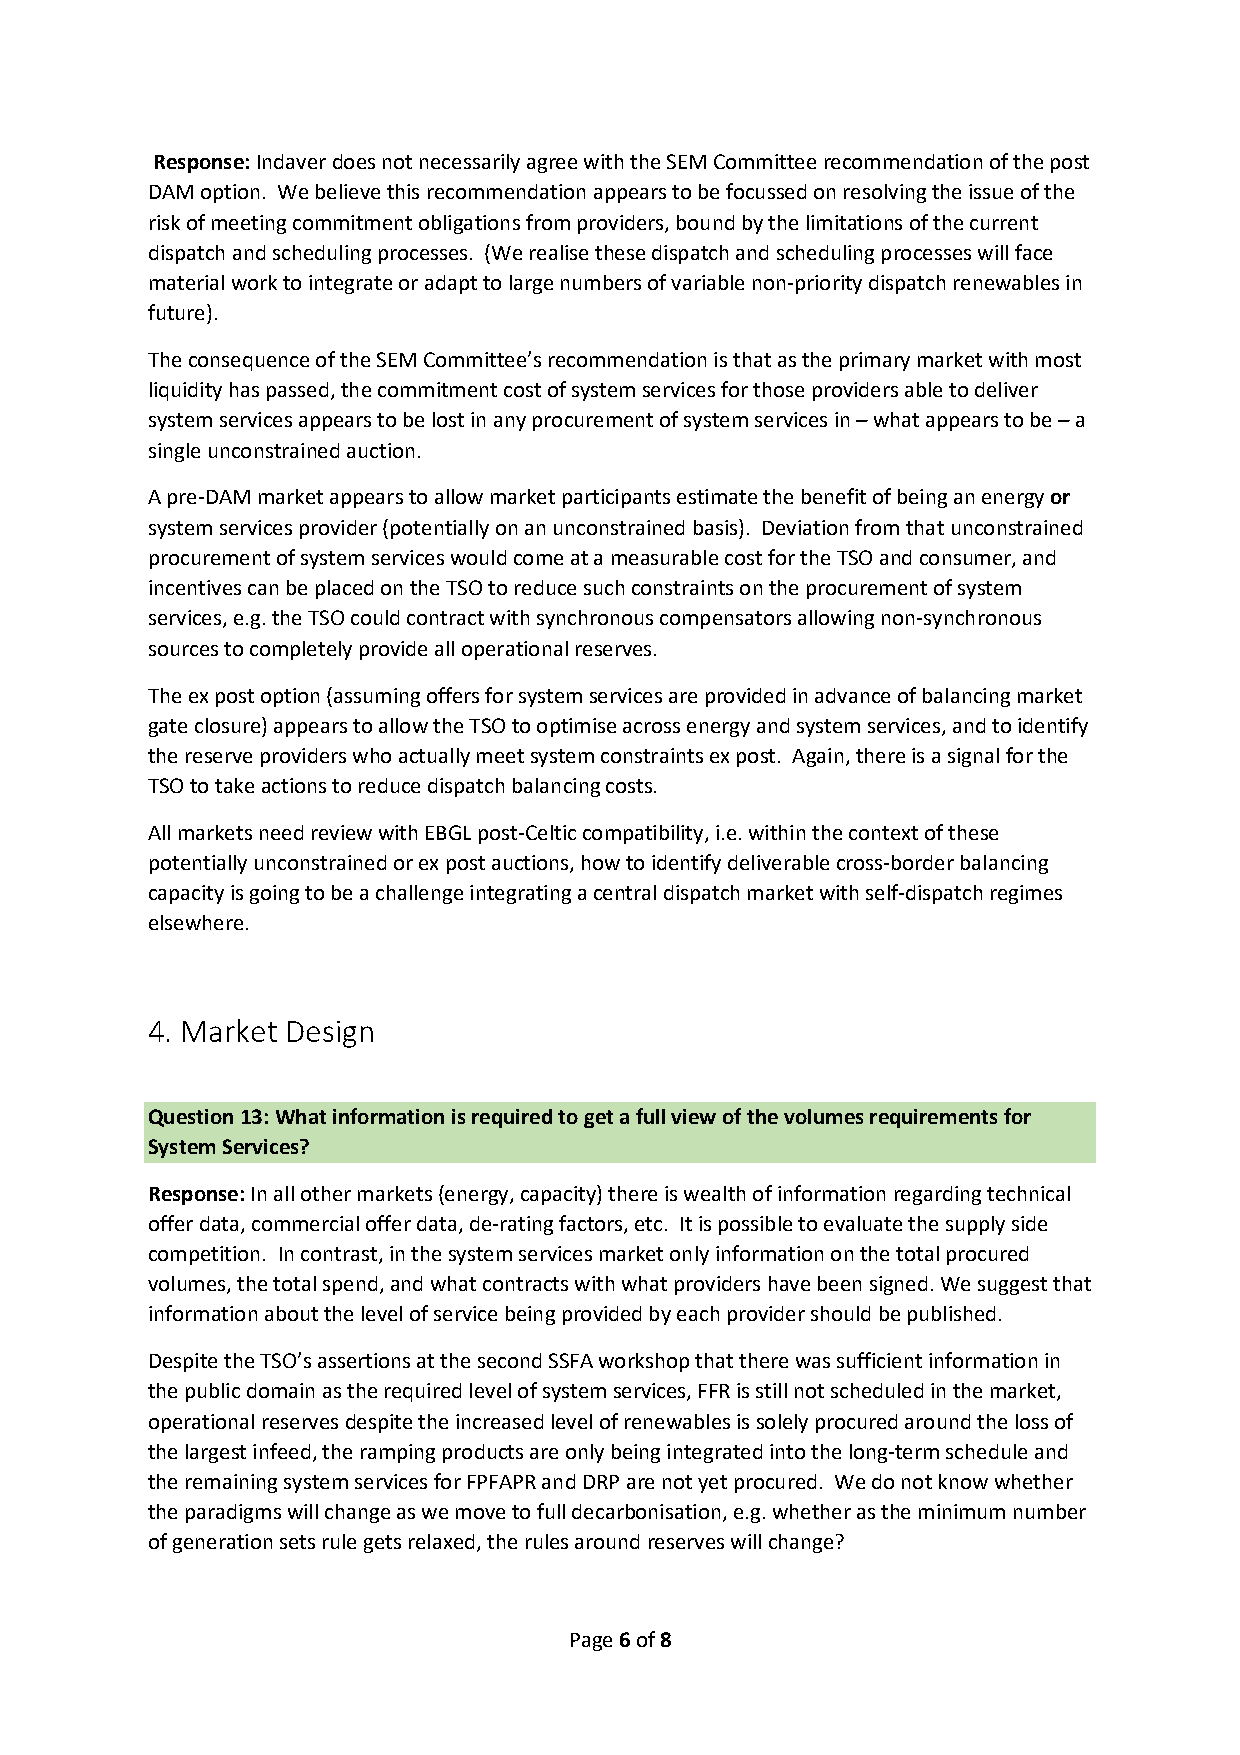
Response: Indaver does not necessarily agree with the SEM Committee recommendation of the post
 DAM option. We believe this recommendation appears to be focussed on resolving the issue of the
 risk of meeting commitment obligations from providers, bound by the limitations of the current
 dispatch and scheduling processes. (We realise these dispatch and scheduling processes will face
 material work to integrate or adapt to large numbers of variable non-priority dispatch renewables in
 future).
 The consequence of the SEM Committee’s recommendation is that as the primary market with most
 liquidity has passed, the commitment cost of system services for those providers able to deliver
 system services appears to be lost in any procurement of system services in – what appears to be – a
 single unconstrained auction.
 A pre-DAM market appears to allow market participants estimate the benefit of being an energy or
 system services provider (potentially on an unconstrained basis). Deviation from that unconstrained
 procurement of system services would come at a measurable cost for the TSO and consumer, and
 incentives can be placed on the TSO to reduce such constraints on the procurement of system
 services, e.g. the TSO could contract with synchronous compensators allowing non-synchronous
 sources to completely provide all operational reserves.
 The ex post option (assuming offers for system services are provided in advance of balancing market
 gate closure) appears to allow the TSO to optimise across energy and system services, and to identify
 the reserve providers who actually meet system constraints ex post. Again, there is a signal for the
 TSO to take actions to reduce dispatch balancing costs.
 All markets need review with EBGL post-Celtic compatibility, i.e. within the context of these
 potentially unconstrained or ex post auctions, how to identify deliverable cross-border balancing
 capacity is going to be a challenge integrating a central dispatch market with self-dispatch regimes
 elsewhere.
 4. Market Design
 Question 13: What information is required to get a full view of the volumes requirements for
 System Services?
 Response: In all other markets (energy, capacity) there is wealth of information regarding technical
 offer data, commercial offer data, de-rating factors, etc. It is possible to evaluate the supply side
 competition. In contrast, in the system services market only information on the total procured
 volumes, the total spend, and what contracts with what providers have been signed. We suggest that
 information about the level of service being provided by each provider should be published.
 Despite the TSO’s assertions at the second SSFA workshop that there was sufficient information in
 the public domain as the required level of system services, FFR is still not scheduled in the market,
 operational reserves despite the increased level of renewables is solely procured around the loss of
 the largest infeed, the ramping products are only being integrated into the long-term schedule and
 the remaining system services for FPFAPR and DRP are not yet procured. We do not know whether
 the paradigms will change as we move to full decarbonisation, e.g. whether as the minimum number
 of generation sets rule gets relaxed, the rules around reserves will change?
 Page 6 of 8